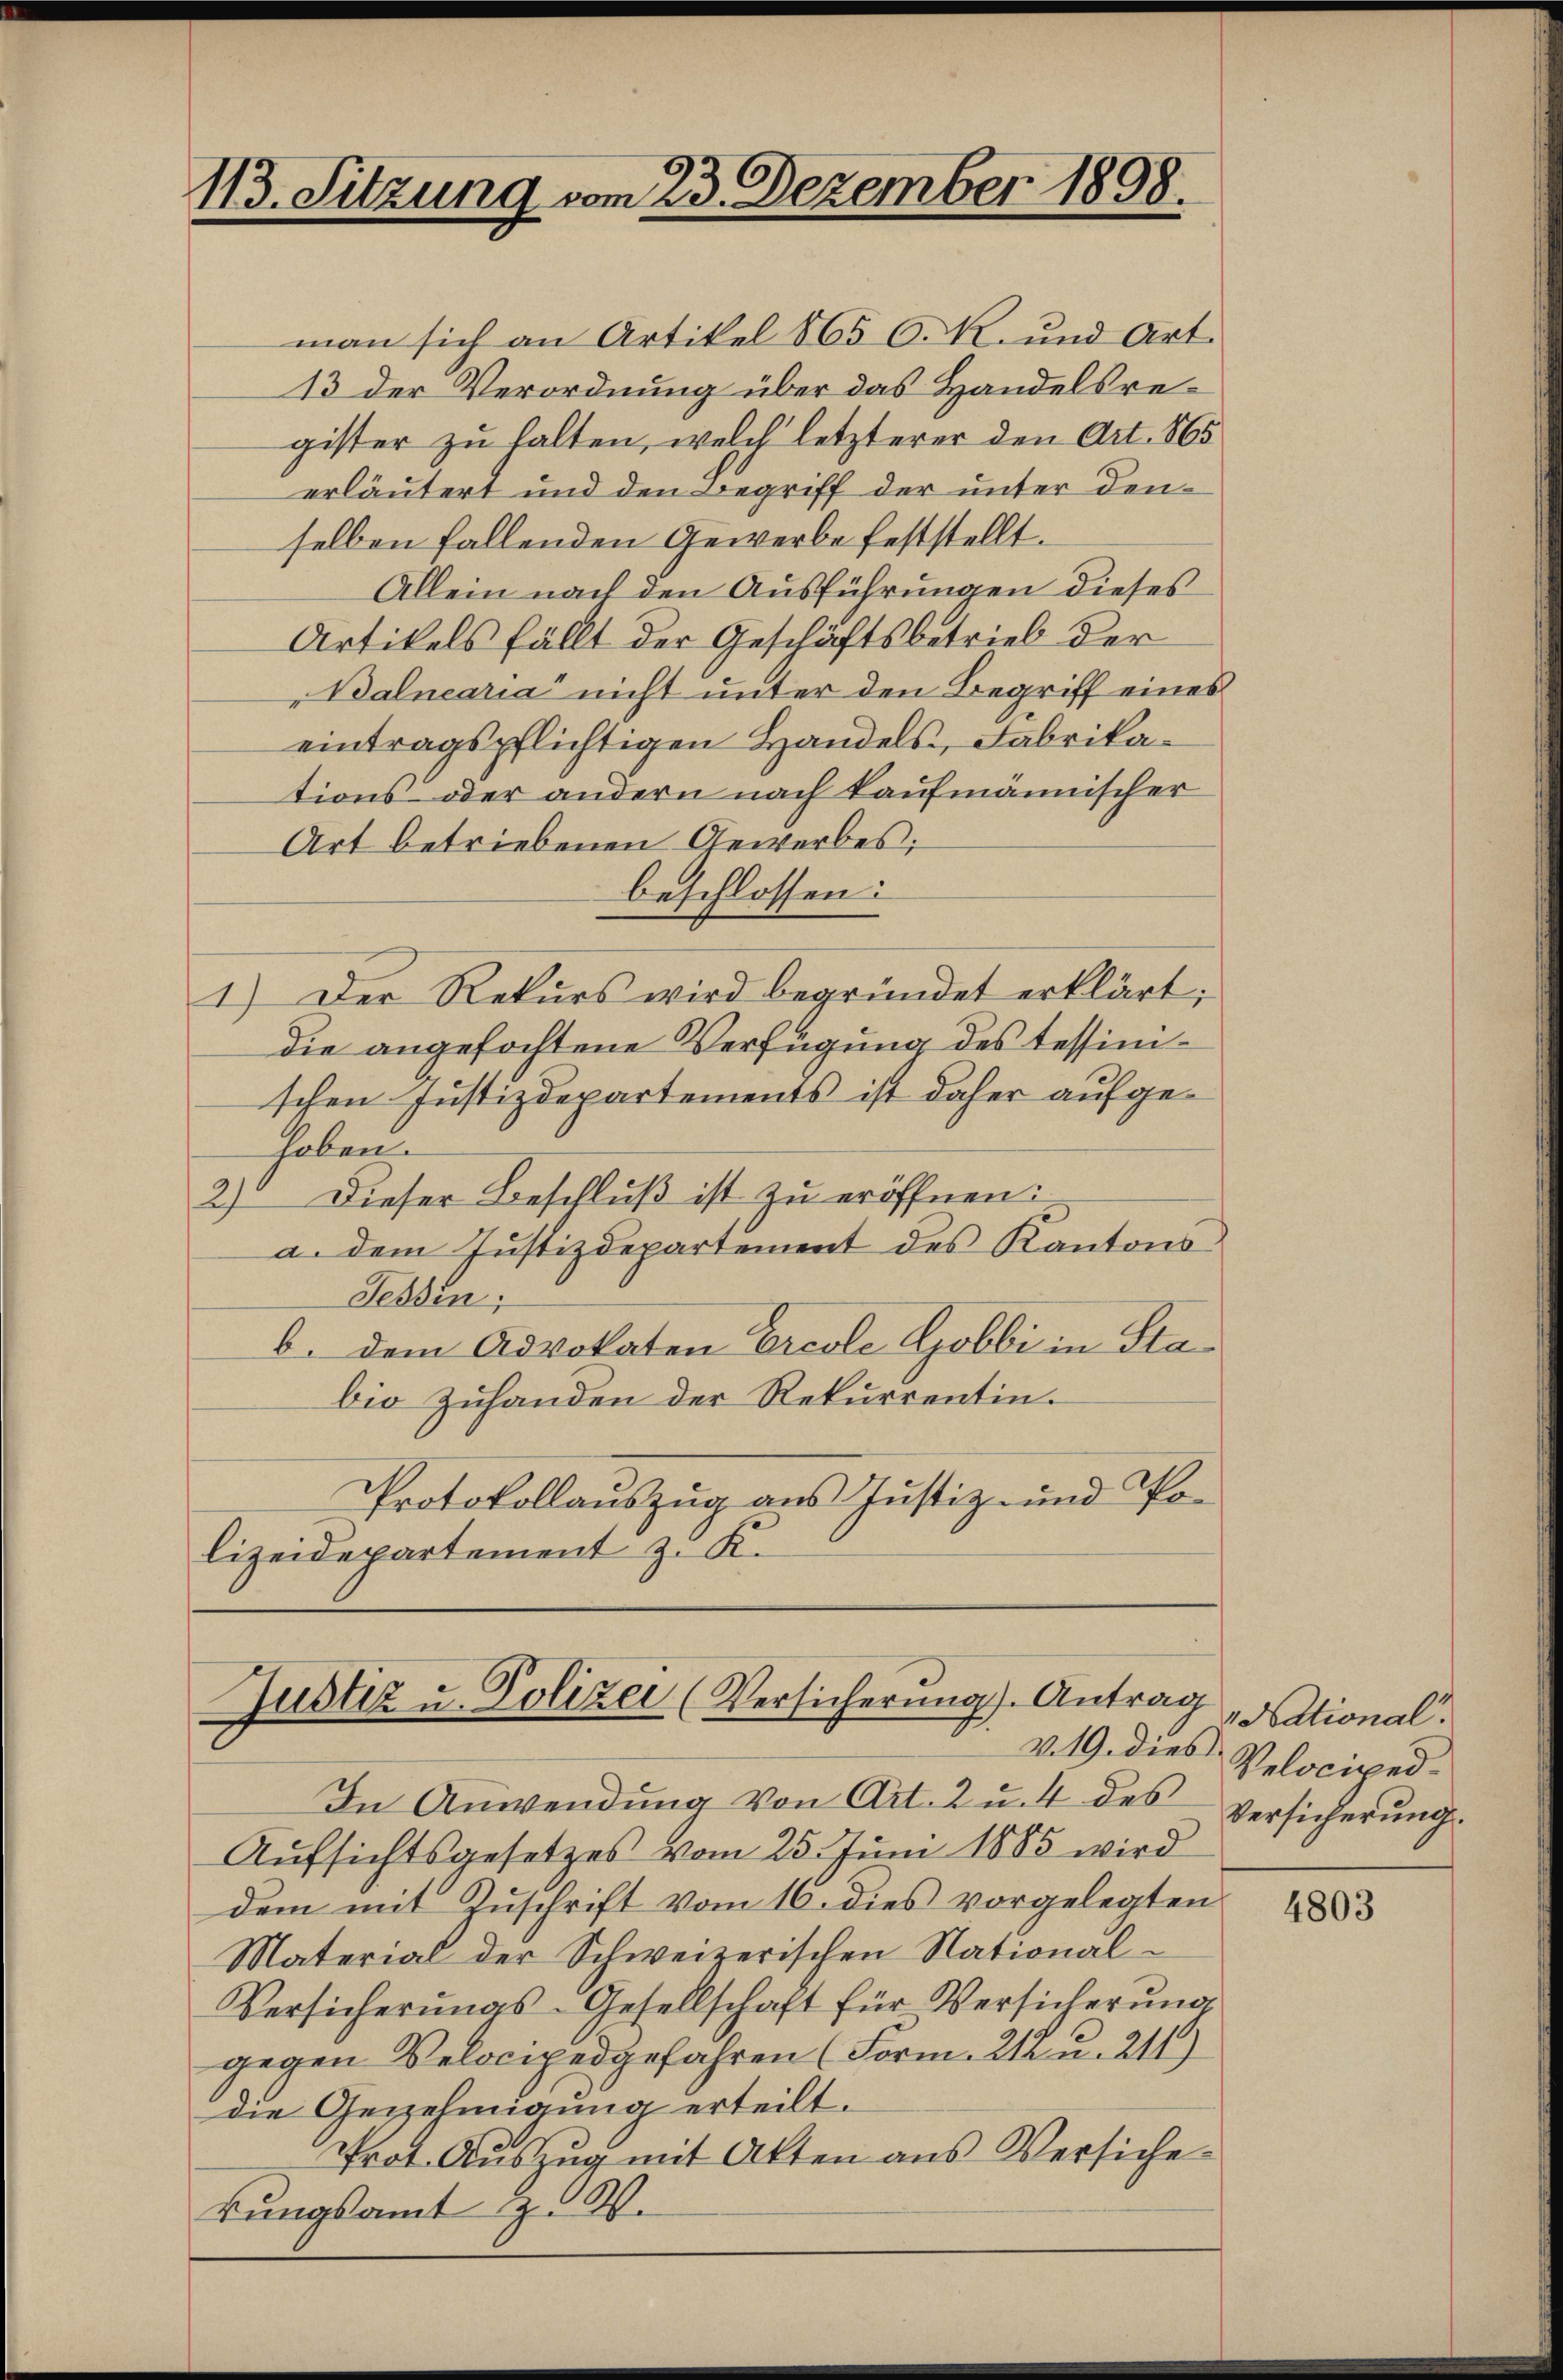
113. Sitzung vom 23. Dezember 1898.

erläutert und den Begriff der unter denselben fallenden Gewerbe feststellt.
Allein nach den Ausführungen dieses
Artikels fällt der Geschäftsbetrieb der
Balnearia nicht unter den Begriff eines
eintragspflichtigen Handels, Fabrikations- oder andern nach kaufmännischer
Art betriebenen Gewerbes;
beschlossen:
1.) Der Rekurs wird begründet erklärt;
die angefochtene Verfügung des tessinischen Justizdepartements ist daher aufgehoben.
2) Dieser Beschluß ist zu eröffnen:
a. dem Justizdepartement des Kantons¬
Tessin;
b. dem Advokaten Ercole Gobbi in Stabio Zuhanden der Rekurrentin.
Protokollauszug aus Justiz- und Polizeidepartement z. K.

Justiz u. Polizei (Versicherung). Antrag
V.19. dies

man sich an Artikel 865 O. R. und Art.
13 der Verordnung über das Handelsregister zu halten, welch letzterer den Art. 865

In Anwendung von Art. 2 u. 4 des Versicherung
Aufsichtsgesetzes vom 25. Juni 1885 wird
dem mit Zuschrift vom 16. dies vorgelegten
Material der Schweizerischen National¬
Versicherungs-Gesellschaft für Versicherung
gegen Velocipedgefahren (Form. 212 u. 211)
die Genehmigung erteilt.
Prot. Aŭszŭg mit Akten aus Versiche
kungsamt z. V.

"National.
Velociped.

4803